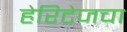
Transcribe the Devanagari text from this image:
हेरिटेजचा